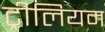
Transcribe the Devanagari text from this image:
ट्रीलियम